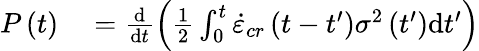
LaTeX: \begin{array}{rl}{P\left(t\right)}&{{}=\frac{\mathrm{d}}{\mathrm{d}t}\left(\frac{1}{2}\int_{0}^{t}\dot{\varepsilon}_{cr}\left(t-t^{\prime}\right)\sigma^{2}\left(t^{\prime}\right)\mathrm{d}t^{\prime}\right)}\end{array}